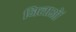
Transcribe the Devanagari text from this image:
जिलाओं